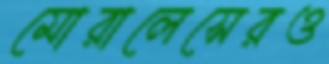
মোরালেসেরও